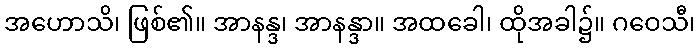
အဟောသိ၊ ဖြစ်၏။ အာနန္ဒ၊ အာနန္ဒာ။ အထခေါ၊ ထိုအခါ၌။ ဂဝေသီ၊